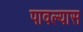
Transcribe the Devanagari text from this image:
पावल्यास